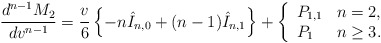
\begin{align*} \frac{d^{n-1}M_2}{dv^{n-1}}=\frac{v}{6}\left\{-n\hat{I}_{n,0}+(n-1)\hat{I}_{n,1}\right\}+\left\{ \begin{array}{ll} P_{1,1} & n=2,\\ P_1 & n\geq 3. \end{array}\right.\end{align*}